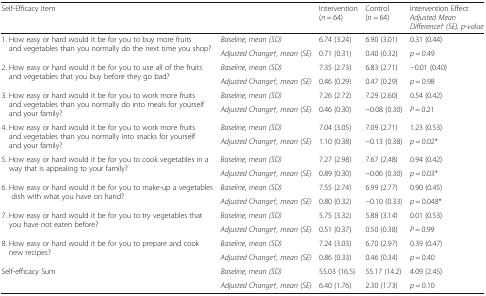
<table><thead><tr><td><b>Self-Efficacy Item</b></td><td></td><td><b>Intervention (<i>n</i> = 64)</b></td><td><b>Control (<i>n</i> = 64)</b></td><td><b>Intervention Effect <i>Adjusted Mean Difference† (SE),</i><i>p-value</i></b></td></tr></thead><tbody><tr><td rowspan="2">1. How easy or hard would it be for you to buy more fruits and vegetables than you normally do the next time you shop?</td><td><i>Baseline, mean (SD)</i></td><td>6.74 (3.24)</td><td>6.90 (3.01)</td><td>0.31 (0.44)</td></tr><tr><td><i>Adjusted Change†, mean (SE)</i></td><td>0.71 (0.31)</td><td>0.40 (0.32)</td><td><i>p</i> = 0.49</td></tr><tr><td rowspan="2">2. How easy or hard would it be for you to use all of the fruits and vegetables that you buy before they go bad?</td><td><i>Baseline, mean (SD)</i></td><td>7.35 (2.73)</td><td>6.83 (2.71)</td><td>−0.01 (0.40)</td></tr><tr><td><i>Adjusted Change†, mean (SE)</i></td><td>0.46 (0.29)</td><td>0.47 (0.29)</td><td><i>p</i> = 0.98</td></tr><tr><td rowspan="2">3. How easy or hard would it be for you to work more fruits and vegetables than you normally do into meals for yourself and your family?</td><td><i>Baseline, mean (SD)</i></td><td>7.26 (2.72)</td><td>7.29 (2.60)</td><td>0.54 (0.42)</td></tr><tr><td><i>Adjusted Change†, mean (SE)</i></td><td>0.46 (0.30)</td><td>−0.08 (0.30)</td><td><i>P</i> = 0.21</td></tr><tr><td rowspan="2">4. How easy or hard would it be for you to work more fruits and vegetables than you normally into snacks for yourself and your family?</td><td><i>Baseline, mean (SD)</i></td><td>7.04 (3.05)</td><td>7.09 (2.71)</td><td>1.23 (0.53)</td></tr><tr><td><i>Adjusted Change†, mean (SE)</i></td><td>1.10 (0.38)</td><td>−0.13 (0.38)</td><td><i>p</i> = 0.02*</td></tr><tr><td rowspan="2">5. How easy or hard would it be for you to cook vegetables in a way that is appealing to your family?</td><td><i>Baseline, mean (SD)</i></td><td>7.27 (2.98)</td><td>7.67 (2.48)</td><td>0.94 (0.42)</td></tr><tr><td><i>Adjusted Change†, mean (SE)</i></td><td>0.89 (0.30)</td><td>−0.06 (0.30)</td><td><i>p</i> = 0.03*</td></tr><tr><td rowspan="2">6. How easy or hard would it be for you to make-up a vegetables dish with what you have on hand?</td><td><i>Baseline, mean (SD)</i></td><td>7.55 (2.74)</td><td>6.99 (2.77)</td><td>0.90 (0.45)</td></tr><tr><td><i>Adjusted Change†, mean (SE)</i></td><td>0.80 (0.32)</td><td>−0.10 (0.33)</td><td><i>p</i> = 0.048*</td></tr><tr><td rowspan="2">7. How easy or hard would it be for you to try vegetables that you have not eaten before?</td><td><i>Baseline, mean (SD)</i></td><td>5.75 (3.32)</td><td>5.88 (3.14)</td><td>0.01 (0.53)</td></tr><tr><td><i>Adjusted Change†, mean (SE)</i></td><td>0.51 (0.37)</td><td>0.50 (0.38)</td><td><i>P</i> = 0.99</td></tr><tr><td rowspan="2">8. How easy or hard would it be for you to prepare and cook new recipes?</td><td><i>Baseline, mean (SD)</i></td><td>7.24 (3.03)</td><td>6.70 (2.97)</td><td>0.39 (0.47)</td></tr><tr><td><i>Adjusted Change†, mean (SE)</i></td><td>0.86 (0.33)</td><td>0.46 (0.34)</td><td><i>p</i> = 0.40</td></tr><tr><td rowspan="2">Self-efficacy Sum</td><td><i>Baseline, mean (SD)</i></td><td>55.03 (16.5)</td><td>55.17 (14.2)</td><td>4.09 (2.45)</td></tr><tr><td><i>Adjusted Change†, mean (SE)</i></td><td>6.40 (1.76)</td><td>2.30 (1.73)</td><td><i>p</i> = 0.10</td></tr></tbody></table>